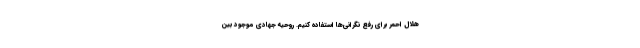
هلال احمر برای رفع نگرانی‌ها استفاده کنیم. روحیه جهادی موجود بین